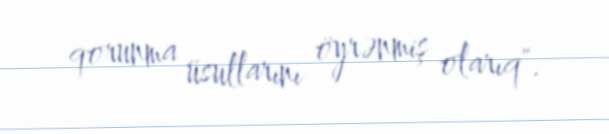
qorunma üsullarını öyrənmiş olarıq".